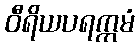
ဝီရိယပရက္ကမံ